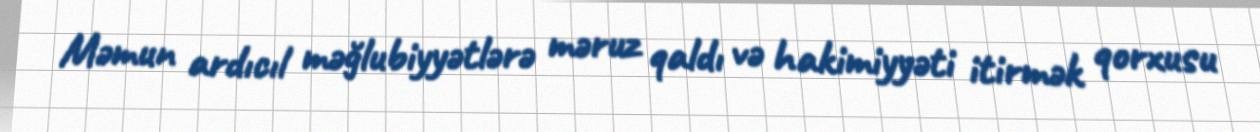
Məmun ardıcıl məğlubiyyətlərə məruz qaldı və hakimiyyəti itirmək qorxusu